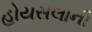
હોયસલાની